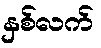
နှစ်လက်